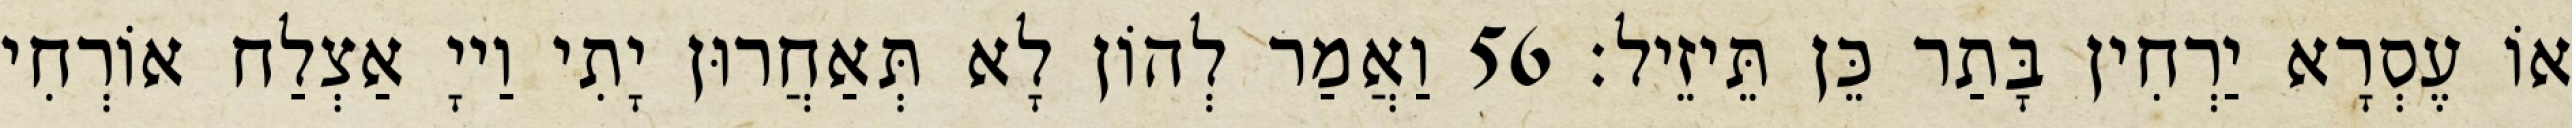
אוֹ עֶסְרָא יַרְחִין בָּתַר כֵּן תֵּיזֵיל׃ 56 וַאֲמַר לְהוֹן לָא תְּאַחֲרוּן יָתִי וַייָ אַצְלַח אוֹרְחִי